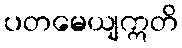
ပတမေယျဣတိ